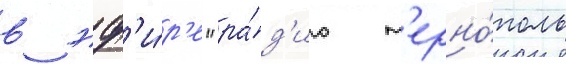
в эф'и́р'е "ра́д'ио т'ерно́поль